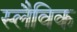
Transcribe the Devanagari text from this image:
स्लैविक